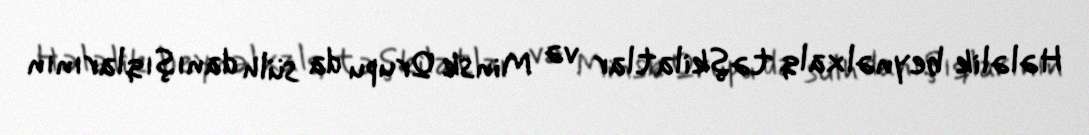
Hələlik beynəlxalq təşkilatlar və Minsk Qrupu da sülh danışıqlarının